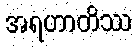
အရဟာတိဿ